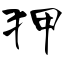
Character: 狎